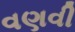
વણવી